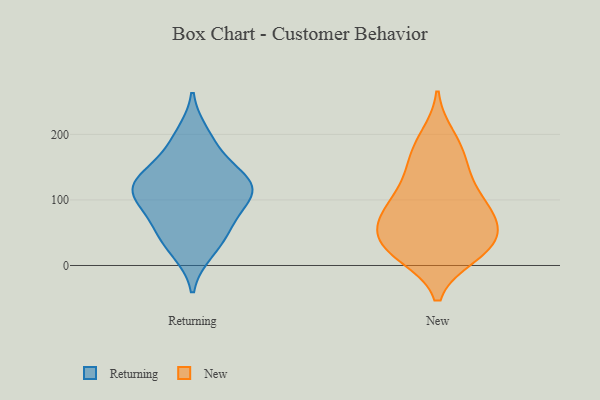
{"axis": {"x": "Website Visitors", "y": "Value"}, "legend": ["New", "Returning"], "data": [{"x": "", "y": 177, "type": "Returning"}, {"x": "", "y": 111, "type": "Returning"}, {"x": "", "y": 124, "type": "Returning"}, {"x": "", "y": 144, "type": "Returning"}, {"x": "", "y": 62, "type": "Returning"}, {"x": "", "y": 37, "type": "Returning"}, {"x": "", "y": 65, "type": "Returning"}, {"x": "", "y": 95, "type": "Returning"}, {"x": "", "y": 111, "type": "Returning"}, {"x": "", "y": 122, "type": "Returning"}, {"x": "", "y": 200, "type": "Returning"}, {"x": "", "y": 127, "type": "Returning"}, {"x": "", "y": 22, "type": "Returning"}, {"x": "", "y": 88, "type": "New"}, {"x": "", "y": 61, "type": "New"}, {"x": "", "y": 196, "type": "New"}, {"x": "", "y": 179, "type": "New"}, {"x": "", "y": 95, "type": "New"}, {"x": "", "y": 16, "type": "New"}, {"x": "", "y": 129, "type": "New"}, {"x": "", "y": 80, "type": "New"}, {"x": "", "y": 29, "type": "New"}, {"x": "", "y": 16, "type": "New"}, {"x": "", "y": 60, "type": "New"}, {"x": "", "y": 27, "type": "New"}, {"x": "", "y": 32, "type": "New"}, {"x": "", "y": 47, "type": "New"}, {"x": "", "y": 135, "type": "New"}, {"x": "", "y": 162, "type": "New"}, {"x": "", "y": 85, "type": "New"}]}